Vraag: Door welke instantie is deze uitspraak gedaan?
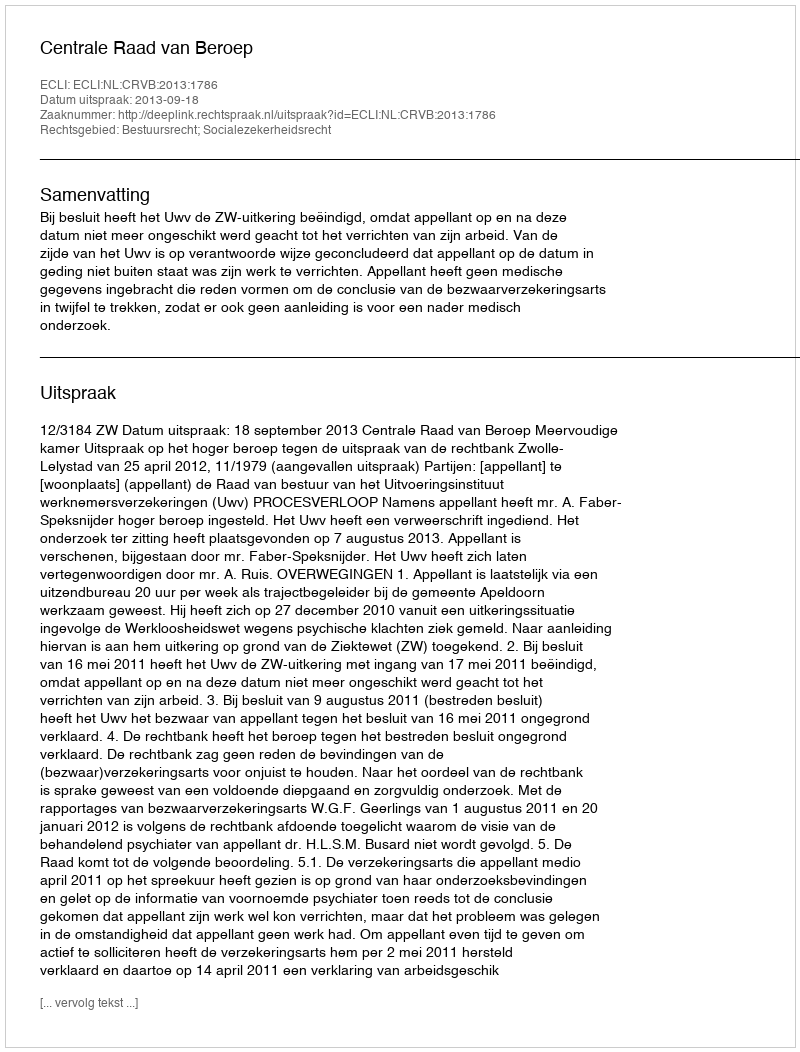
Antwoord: Centrale Raad van Beroep